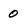
Character: 0